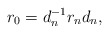
\begin{align*}r_0=d_n^{-1}r_nd_n,\end{align*}